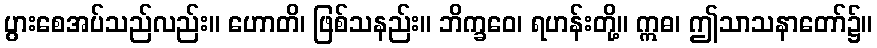
ပွားစေအပ်သည်လည်း။ ဟောတိ၊ ဖြစ်သနည်း။ ဘိက္ခဝေ၊ ရဟန်းတို့။ ဣဓ၊ ဤသာသနာတော်၌။